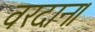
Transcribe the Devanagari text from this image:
वरदान।